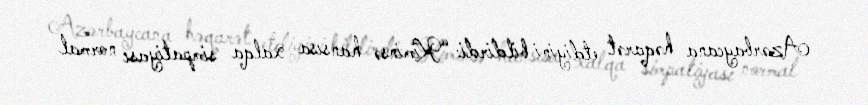
Azərbaycana həqarət etdiyini bildirdi: “Kiminsə hansısa xalqa simpatiyası normal